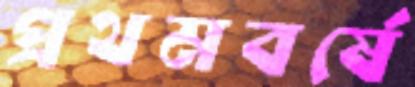
প্রথমবর্ষে